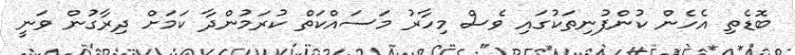
ބޮޑެތި އެހެން ކުންފުނިތަކުގައި ވެސް މިހާރު މަސައްކަތް ކުރަމުންދާ ކަމަށް ދިރާގުން ވަނީ